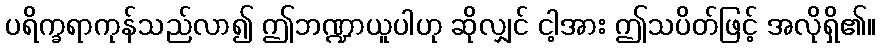
ပရိက္ခရာကုန်သည်လာ၍ ဤဘဏ္ဍာယူပါဟု ဆိုလျှင် ငါ့အား ဤသပိတ်ဖြင့် အလိုရှိ၏။